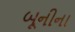
બૂનીના